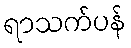
ရာသက်ပန်